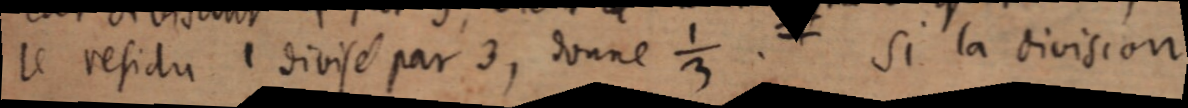
le résidu 1 divisé par 3, donne ⅓. Si la division